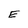
Character: E